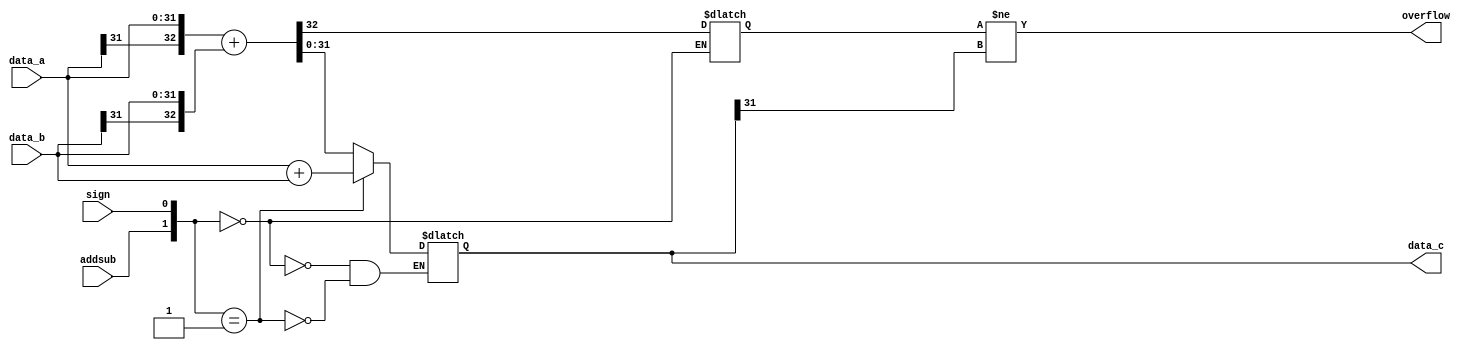
module addsub(/*AUTOARG*/
	// Outputs
	data_c,overflow,
	// Inputs
	data_a, data_b, sign, addsub
	);
	// input            clk;
	
	input  [31:0]    data_a;
	input  [31:0] 	 data_b;
	//input  [31:0] 	 data_c;
	input 			 sign;
	input 			 addsub;

	output           overflow;
	reg    [32:0]    temp;
	
	output reg  [31:0] data_c;
    

	always @(/*AUTOSENSE*/addsub or data_a or data_b or sign) begin
		case ({addsub, sign})
			00:
				temp <= {data_a[31], data_a} + {data_b[31], data_b};
			    
			01:
			    temp[31:0] <= data_a + data_b;
			10:
				temp <= {data_b[31], data_b} - {data_a[31], data_a};
			11:
				temp[31:0] <= data_b - data_a;
			default:
				data_c <= 32'h00000000;
		endcase // case ({add_sub, sign})
		data_c <= temp[31:0];
 
	end
	assign overflow = temp[32] != temp[31];
	
endmodule